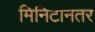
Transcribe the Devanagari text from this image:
मिनिटांनतर